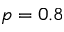
p = 0 . 8